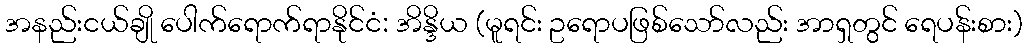
အနည်းငယ်ချို ပေါက်ရောက်ရာနိုင်ငံ: အိန္ဒိယ (မူရင်း ဥရောပဖြစ်သော်လည်း အာရှတွင် ရေပန်းစား)